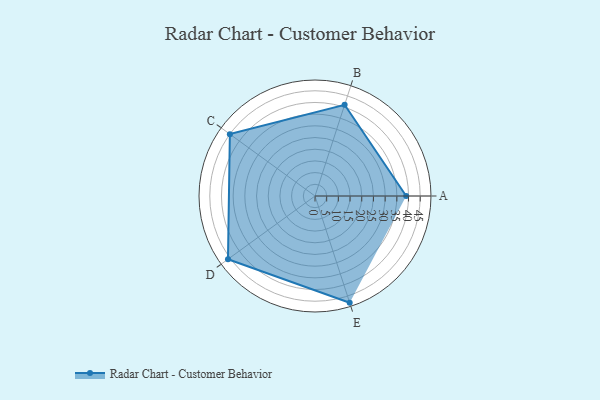
{"axis": {"x": "Skill", "y": "Score"}, "legend": ["Profile"], "data": [{"x": "A", "y": 39.0, "type": "Profile"}, {"x": "B", "y": 41.0, "type": "Profile"}, {"x": "C", "y": 45.0, "type": "Profile"}, {"x": "D", "y": 46.0, "type": "Profile"}, {"x": "E", "y": 48.0, "type": "Profile"}]}